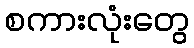
စကားလုံးတွေ